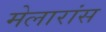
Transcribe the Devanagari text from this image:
मेलारांस